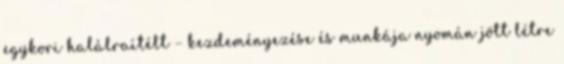
egykori halálraítélt – kezdeményezése és munkája nyomán jött létre